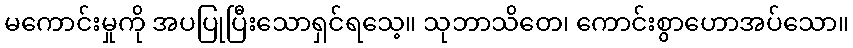
မကောင်းမှုကို အပပြုပြီးသောရှင်ရသေ့။ သုဘာသိတေ၊ ကောင်းစွာဟောအပ်သော။